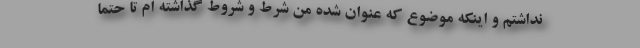
نداشتم و اینکه موضوع که عنوان شده من شرط و شروط گذاشته ام تا حتما